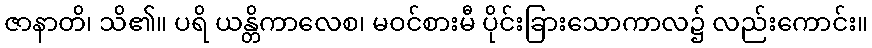
ဇာနာတိ၊ သိ၏။ ပရိ ယန္တိကာလေစ၊ မဝင်စားမီ ပိုင်းခြားသောကာလ၌ လည်းကောင်း။